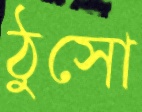
ঠুসো